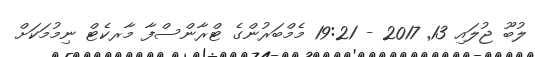
ލުބޫ ޖުލައި 13